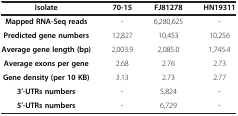
<table><thead><tr><td><b>Isolate</b></td><td><b>70-15</b></td><td><b>FJ81278</b></td><td><b>HN19311</b></td></tr></thead><tbody><tr><td><b>Mapped RNA-Seq reads</b></td><td>-</td><td>6,280,625</td><td>-</td></tr><tr><td><b>Predicted gene numbers</b></td><td>12,827</td><td>10,453</td><td>10,256</td></tr><tr><td><b>Average gene length (bp)</b></td><td>2,003.9</td><td>2,085.0</td><td>1,745.4</td></tr><tr><td><b>Average exons per gene</b></td><td>2.68</td><td>2.76</td><td>2.73</td></tr><tr><td><b>Gene density (per 10 KB)</b></td><td>3.13</td><td>2.73</td><td>2.77</td></tr><tr><td><b>3′-UTRs numbers</b></td><td>-</td><td>5,824</td><td>-</td></tr><tr><td><b>5′-UTRs numbers</b></td><td>-</td><td>6,729</td><td>-</td></tr></tbody></table>